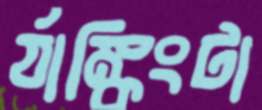
র‍্যাঙ্কিংটা